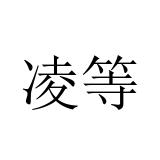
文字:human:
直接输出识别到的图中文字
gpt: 凌等